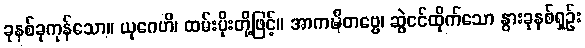
ခုနစ်ခုကုန်သော။ ယုဂေဟိ၊ ထမ်းပိုးတို့ဖြင့်။ အာကဍ္ဎိတဗ္ဗေ၊ ဆွဲငင်ထိုက်သော နွားခုနစ်ရှဉ်း